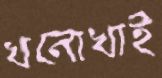
খনোখাই